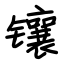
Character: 镶